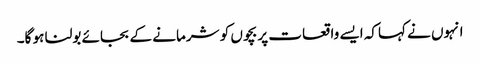
انہوں نے کہاکہ ایسے واقعات پر بچوں کو شرمانے کے بجائے بولنا ہو گا۔